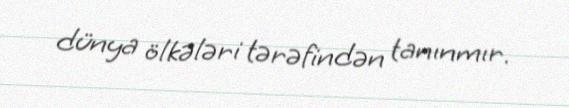
dünya ölkələri tərəfindən tanınmır.